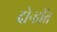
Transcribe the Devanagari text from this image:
दोन्हींत